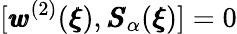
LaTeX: [{\pmb w}^{(2)}({\pmb\xi}),{\pmb S}_{\alpha}({\pmb\xi})]=0